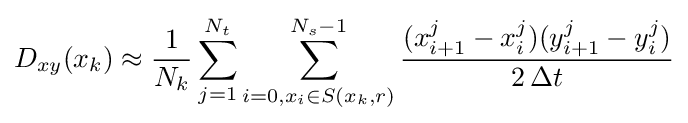
D_{xy}(x_{k})\approx {\frac {1}{N_{k}}}\sum _{j=1}^{N_{t}}\sum _{i=0,x_{i}\in S(x_{k},r)}^{N_{s}-1}{\frac {(x_{i+1}^{j}-x_{i}^{j})(y_{i+1}^{j}-y_{i}^{j})}{2\,\Delta t}}